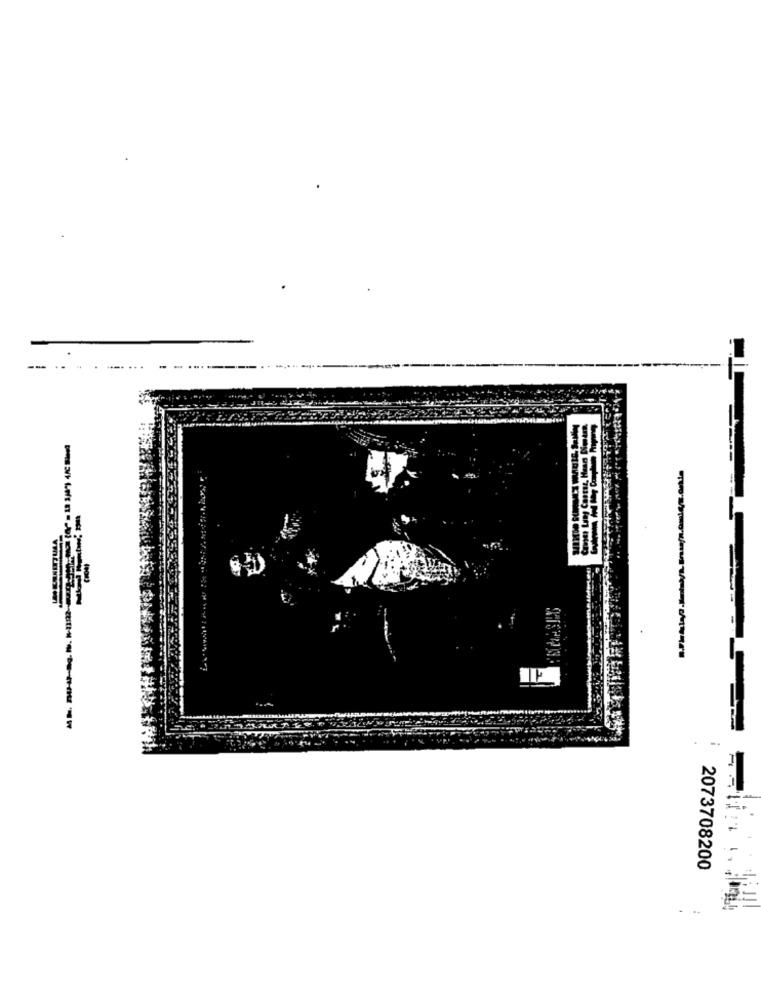
---
2073708200
...